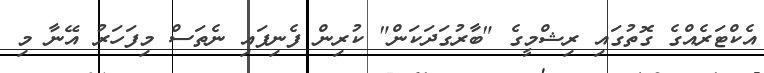
އެކްޓަރެއްގެ ގޮތުގައި ރިޝްމީގެ "ބާރުގަދަކަން" ކުރިން ފެނިފައި ނެތަސް މިފަހަރު އޭނާ މި